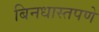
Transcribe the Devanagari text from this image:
बिनधास्तपणे